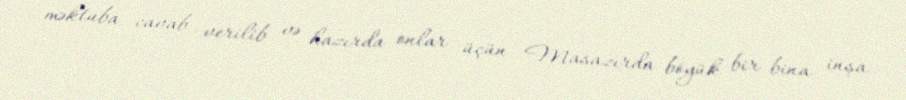
məktuba cavab verilib və hazırda onlar üçün Masazırda böyük bir bina inşa